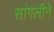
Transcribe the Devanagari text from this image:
सांगलीने